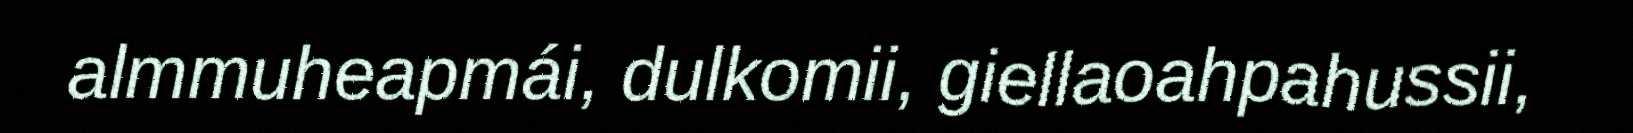
almmuheapmái, dulkomii, giellaoahpahussii,